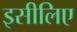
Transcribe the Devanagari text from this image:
इसीलिए